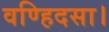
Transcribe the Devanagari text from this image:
वण्हिदसा।